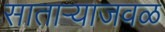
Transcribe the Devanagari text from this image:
साताऱ्याजवळ